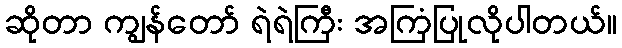
ဆိုတာ ကျွန်တော် ရဲရဲကြီး အကြံပြုလိုပါတယ်။